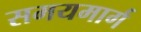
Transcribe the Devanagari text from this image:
समयमार्ग